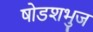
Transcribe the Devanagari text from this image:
षोडशभुज